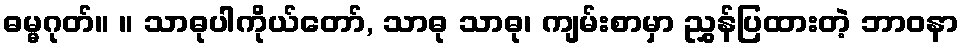
ဓမ္မဂုတ်။ ။ သာဓုပါကိုယ်တော်, သာဓု သာဓု၊ ကျမ်းစာမှာ ညွှန်ပြထားတဲ့ ဘာဝနာ